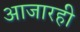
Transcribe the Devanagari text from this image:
आजारही